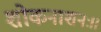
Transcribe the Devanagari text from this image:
शोकनाशनः।।